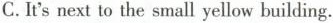
C.It'snext to the small yellow building.